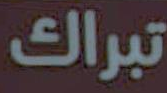
تبراك